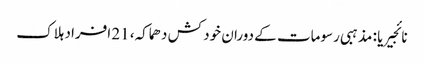
نائجیریا : مذہبی رسومات کے دوران خود کش دھماکہ، 21 افراد ہلاک